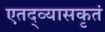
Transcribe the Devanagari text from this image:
एतद्व्यासकृतं